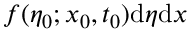
f ( \eta _ { 0 } ; x _ { 0 } , t _ { 0 } ) \mathrm { d } \eta \mathrm { d } x